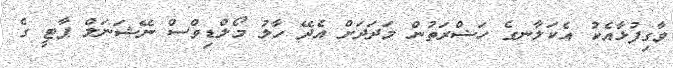
ވާގިފުޅާއެކު އެކަލާނގެ ހަޟްރަތުން މަދަދަށް އެދޭ ހާލު މޯލްޑިވްސް ނޭޝަނަލް ޕާޓީ ގެ